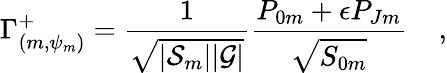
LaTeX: \Gamma_{(m,\psi_{m})}^{+}={\frac{1}{\sqrt{|{\cal S}_{m}||{\cal G}|}}}{\frac{{P}_{0m}+\epsilon{P}_{Jm}}{\sqrt{{S}_{0m}}}}\; \; \; \; ,